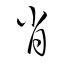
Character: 肖